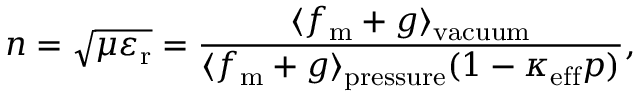
n = \sqrt { \mu \varepsilon _ { \mathrm { r } } } = \frac { \langle f _ { \mathrm { m } } + g \rangle _ { \mathrm { v a c u u m } } } { \langle f _ { \mathrm { m } } + g \rangle _ { \mathrm { p r e s s u r e } } ( 1 - \kappa _ { \mathrm { e f f } } p ) } ,